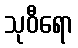
သုဝီရော